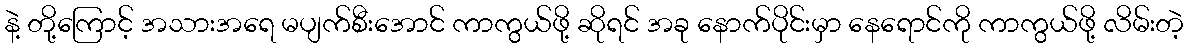
နဲ့ တို့ကြောင့် အသားအရေ မပျက်စီးအောင် ကာကွယ်ဖို့ ဆိုရင် အခု နောက်ပိုင်းမှာ နေရောင်ကို ကာကွယ်ဖို့ လိမ်းတဲ့